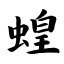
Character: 蝗